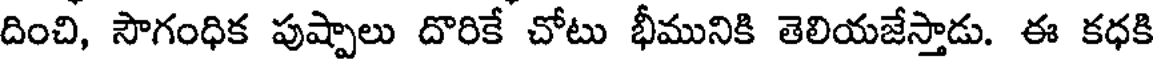
దించి, సౌగంధిక పుష్పాలు దొరికే చోటు భీమునికి తెలియజేస్తాడు. ఈ కధకి